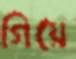
গিয়ে